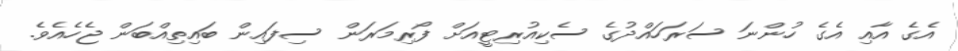
އެގެ އާއި އެގެ ހުންނަ ސަރަހައްދުގެ ސެކިއުރިޓީއަށް ފޯރިމަރަން ސިފައިން ބައިތިއްބަން ޖެހެއެވެ.